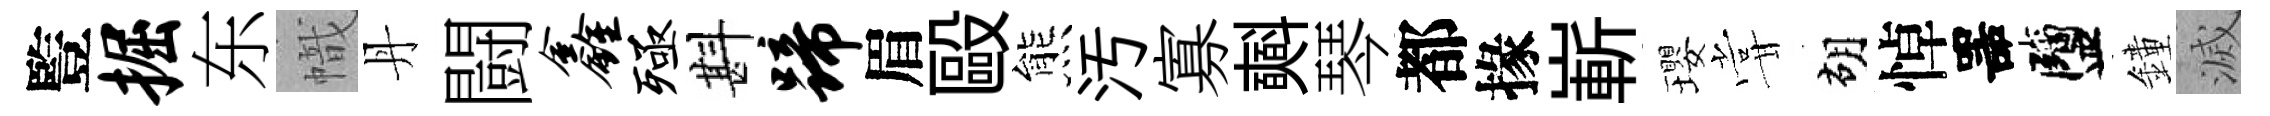
䜿掘东幟丹闘鑫殛斟蹄眉毆熊汚寡𣂏琴都掾嶄瓔甞胡悼噐鹽鐘滅